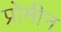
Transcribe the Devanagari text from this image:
प्रोमीन